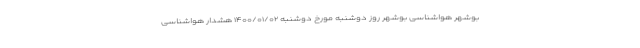
بوشهر هواشناسی بوشهر روز دوشنبه مورخ دوشنبه ۱۴۰۰/۰۱/۰۲ هشدار هواشناسی